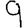
Digit: 9